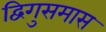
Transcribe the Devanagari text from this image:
द्विगुसमास